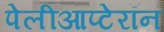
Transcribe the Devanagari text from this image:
पेलीआप्टेरॉन